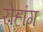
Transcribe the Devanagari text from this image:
रोहांग